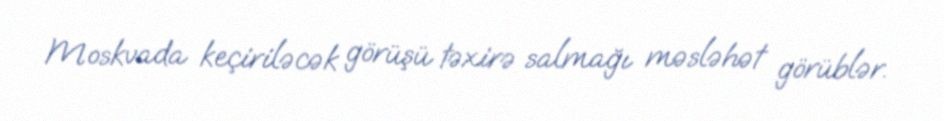
Moskvada keçiriləcək görüşü təxirə salmağı məsləhət görüblər.